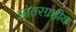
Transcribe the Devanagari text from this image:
आंतरग्रहीय